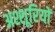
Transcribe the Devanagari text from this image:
अश्शूरियों